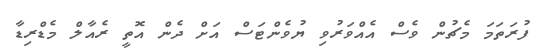
ފުރަތަމަ މެޗުން ވެސް އެއްވަރުވި ޔުވެންޓަސް އަށް ދެން އޮތީ ރެއާލް މެޑްރިޑާ